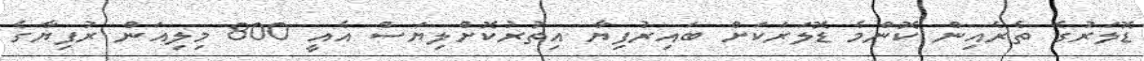
ޑޮލަރުގެ ތެރެއިން ކޮންމެ ޑޮލަރަކަށް ބައިރުފިޔާ އިތުރުކޮށްލިޔަސް އެއީ 800 މިލިއަން ރުފިޔާގެ